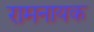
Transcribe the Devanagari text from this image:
रामनायक